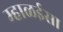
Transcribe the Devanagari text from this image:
म्हाळईसा